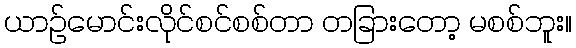
ယာဉ်မောင်းလိုင်စင်စစ်တာ တခြားတော့ မစစ်ဘူး။